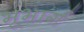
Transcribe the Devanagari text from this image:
भूभार्ग